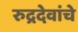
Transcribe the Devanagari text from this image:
रुद्रदेवांचे